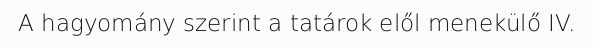
A hagyomány szerint a tatárok elől menekülő IV.